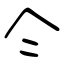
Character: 仒